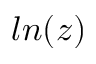
l n ( z )